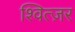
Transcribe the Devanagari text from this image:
श्वित्ज़र